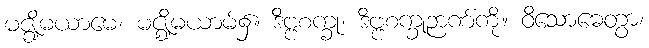
မဇ္ဈိမယာမေ၊ မဇ္ဈိမယာမ်၌။ ဒိဗ္ဗစက္ခုံ၊ ဒိဗ္ဗစက္ခုဉာဏ်ကို။ ဝိသောဓေတွာ၊